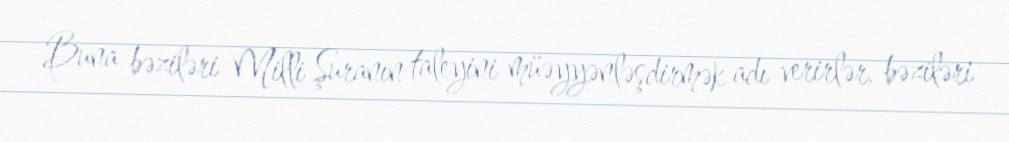
Buna bəziləri Milli Şuranın taleyini müəyyənləşdirmək adı verirlər, bəziləri